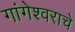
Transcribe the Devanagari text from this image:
गांगेश्वराचे